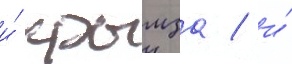
и́ крымза / и́